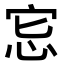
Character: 𢘯